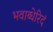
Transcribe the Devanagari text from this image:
भवाब्धेरिदं